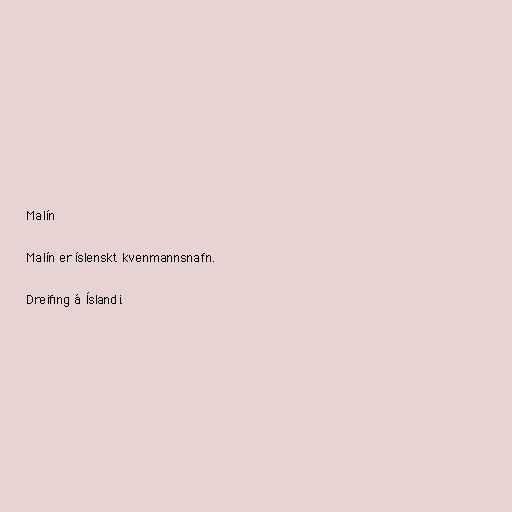
Malín

Malín er íslenskt kvenmannsnafn.

Dreifing á Íslandi.